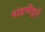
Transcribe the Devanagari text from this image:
मांडणीद्वारे